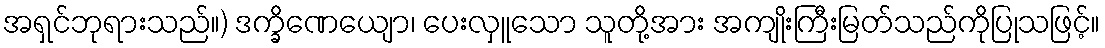
အရှင်ဘုရားသည်။) ဒက္ခိဏေယျော၊ ပေးလှူသော သူတို့အား အကျိုးကြီးမြတ်သည်ကိုပြုသဖြင့်။